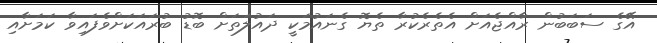
އޭގެ ސަބަބުން ރާއްޖެއަށް އެތެރެކުރާ ތެޔޮ ގެނައުމަކީ ދައުލަތަށް ބޮޑު ބުރައަކަށްވެފައިވާ ކަމަށާއި